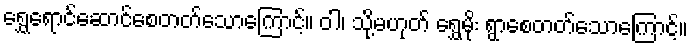
ရွှေရောင်ဆောင်စေတတ်သောကြောင့်။ ဝါ၊ သို့မဟုတ် ရွှေမိုး ရွာစေတတ်သောကြောင့်။